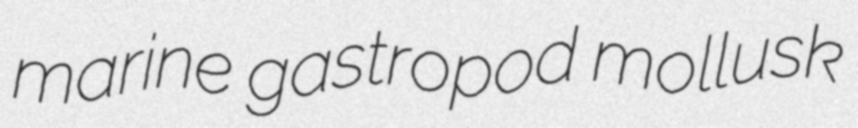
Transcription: marine gastropod mollusk